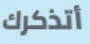
أتذكرك